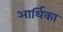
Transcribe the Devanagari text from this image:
आर्थिका